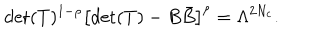
LaTeX: \mathrm { d e t } ( T ) ^ { 1 - \rho } \left[ \mathrm { d e t } ( T ) - B { \bar { B } } \right] ^ { \rho } = \Lambda ^ { 2 N _ { c } } .